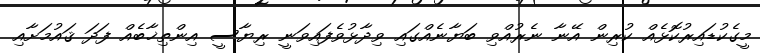
މީގެކުޑައިރުކޮޅެއް ކުރިން އޭނާ ނެރުއްވި ބަޔާނެއްގައި ވިދާޅުވެފައިވަނީ ރިޔާސީ އިންތިޚާބެއް ފަދަ ޤައުމަށާއި